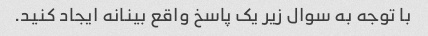
با توجه به سوال زیر یک پاسخ واقع بینانه ایجاد کنید.